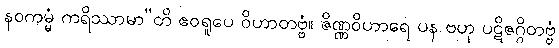
နဝကမ္မံ ကရိဿာမာ”တိ ဧဝရူပေ ဝိဟာတဗ္ဗံ။ ဇိဏ္ဏဝိဟာရေ ပန ဗဟု ပဋိဇဂ္ဂိတဗ္ဗံ